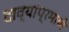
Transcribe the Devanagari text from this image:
दाव्यांप्रमाणे